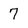
Character: 7